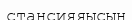
стансияяысын